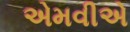
એમવીએ